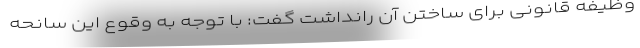
وظیفه قانونی برای ساختن آن رانداشت گفت: با توجه به وقوع این سانحه